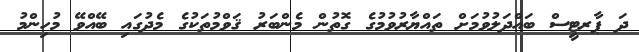
ދަ ޕާރޓީސް ބައްދަލުވުމަށް ތައްޔާރުވުމުގެ ގޮތުން މެންބަރު ޤަވްމުތަކުގެ މެދުގައި ބޭއްވޭ މުހިންމު